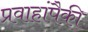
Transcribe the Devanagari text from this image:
प्रवाहांपैकी